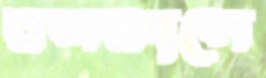
বলকালে